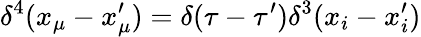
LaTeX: \delta^{4}(x_{\mu}-x_{\mu}^{\prime})=\delta(\tau-\tau^{\prime})\delta^{3}(x_{i}-x_{i}^{\prime})